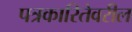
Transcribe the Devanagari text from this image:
पत्रकारितेवरील